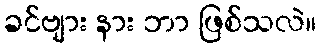
ခင်ဗျား နား ဘာ ဖြစ်သလဲ။